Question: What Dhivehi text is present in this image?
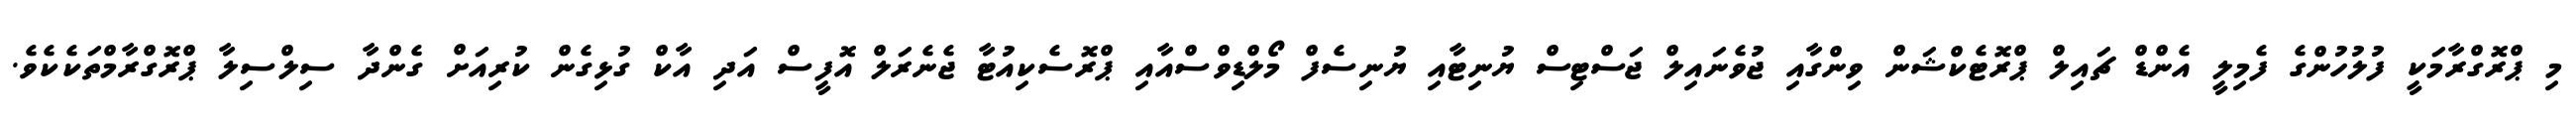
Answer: މި ޕްރޮގްރާމަކީ ފުލުހުންގެ ފެމިލީ އެންޑް ޗައިލް ޕްރޮޓެކްޝަން ވިންގާއި ޖުވެނައިލް ޖަސްޓިސް ޔުނިޓާއި ޔުނިސެފް މޯލްޑިވްސްއާއި ޕްރޮސެކިއުޓާ ޖެނެރަލް އޮފީސް އަދި އާކް ގުޅިގެން ކުރިއަށް ގެންދާ ސިލްސިލާ ޕްރޮގްރާމްތަކެކެވެ.